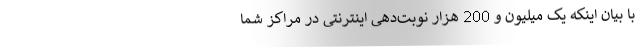
با بیان اینکه یک میلیون و 200 هزار نوبت‌دهی اینترنتی در مراکز شما